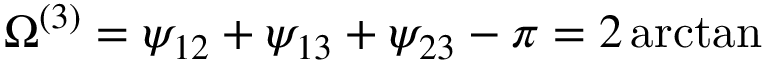
\Omega ^ { ( 3 ) } = \psi _ { 1 2 } + \psi _ { 1 3 } + \psi _ { 2 3 } - \pi = 2 \arctan